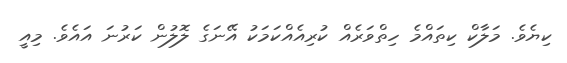
ކިޔެވެ. މަލާކް ކިތައްމެ ހިތްވަރެއް ކުރިއެއްކަމަކު އޭނަގެ ލޮލުން ކަރުނަ އައެވެ. މިއީ